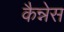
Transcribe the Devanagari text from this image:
कैन्नेस